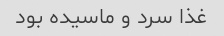
غذا سرد و ماسیده بود